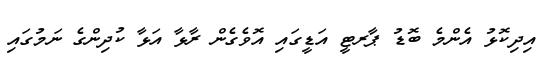
އިދިކޮޅު އެންމެ ބޮޑު ޕާރޓީ އަޑީގައި އޮވެގެން ރާޅާ އަޅާ ކުދިންގެ ނަމުގައި